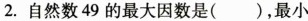
2.自然数49的最大因数是( )，最小